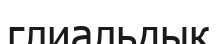
глиальдық